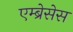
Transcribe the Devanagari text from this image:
एम्ब्रेसेस